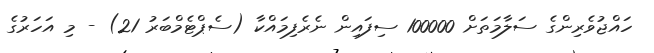
ހައްޖުވެރިންގެ ސަލާމަތަށް 100000 ސިފައިން ނެރެފިމައްކާ (ސެޕްޓެމްބަރު 21) - މި އަހަރުގެ